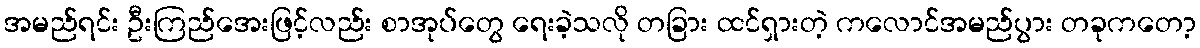
အမည်ရင်း ဦးကြည်အေးဖြင့်လည်း စာအုပ်တွေ ရေးခဲ့သလို တခြား ထင်ရှားတဲ့ ကလောင်အမည်ပွား တခုကတော့